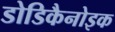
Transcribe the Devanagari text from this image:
डोडिकैनोइक